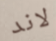
لاند